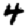
Digit: 4